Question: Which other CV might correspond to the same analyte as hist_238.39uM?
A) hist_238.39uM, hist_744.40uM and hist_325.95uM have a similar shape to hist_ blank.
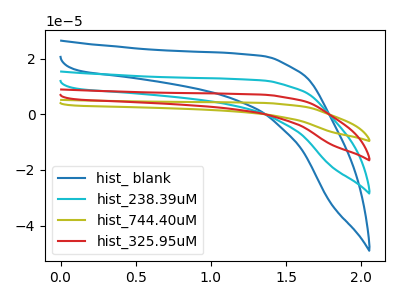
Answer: <think>The blue curve "hist_ blank" has no peaks. The cyan curve "hist_238.39uM" has no peaks. The olive curve "hist_744.40uM" has no peaks. The red curve "hist_325.95uM" has no peaks.
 Neither "hist_ blank" or "hist_238.39uM" have any peaks. Neither "hist_ blank" or "hist_744.40uM" have any peaks. Neither "hist_ blank" or "hist_325.95uM" have any peaks. Neither "hist_238.39uM" or "hist_744.40uM" have any peaks. Neither "hist_238.39uM" or "hist_325.95uM" have any peaks. Neither "hist_744.40uM" or "hist_325.95uM" have any peaks.</think>
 <answer>A) "hist_238.39uM", "hist_744.40uM" and "hist_325.95uM" have a similar shape to "hist_ blank".</answer>
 <eval>A</eval>